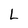
Character: L